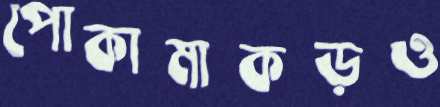
পোকামাকড়ও